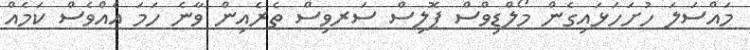
މައްސަލަ ހުށަހަޅައިގެން މޯލްޑިވްސް ޕޮލިސް ސަރވިސް ތެރެއިން ވާނެ ހަމަ އެއްވެސް ކަމެއް